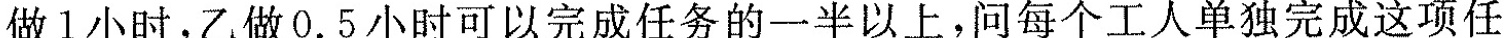
做1小时，乙做0.5小时可以完成任务的一半以上，问每个工人单独完成这项任